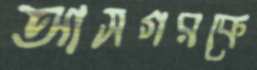
আসগরকে